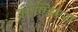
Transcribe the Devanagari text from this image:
कौण्डिण्य